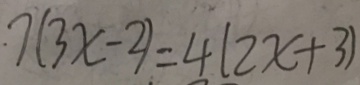
7 ( 3 x - 2 ) = 4 ( 2 x + 3 )